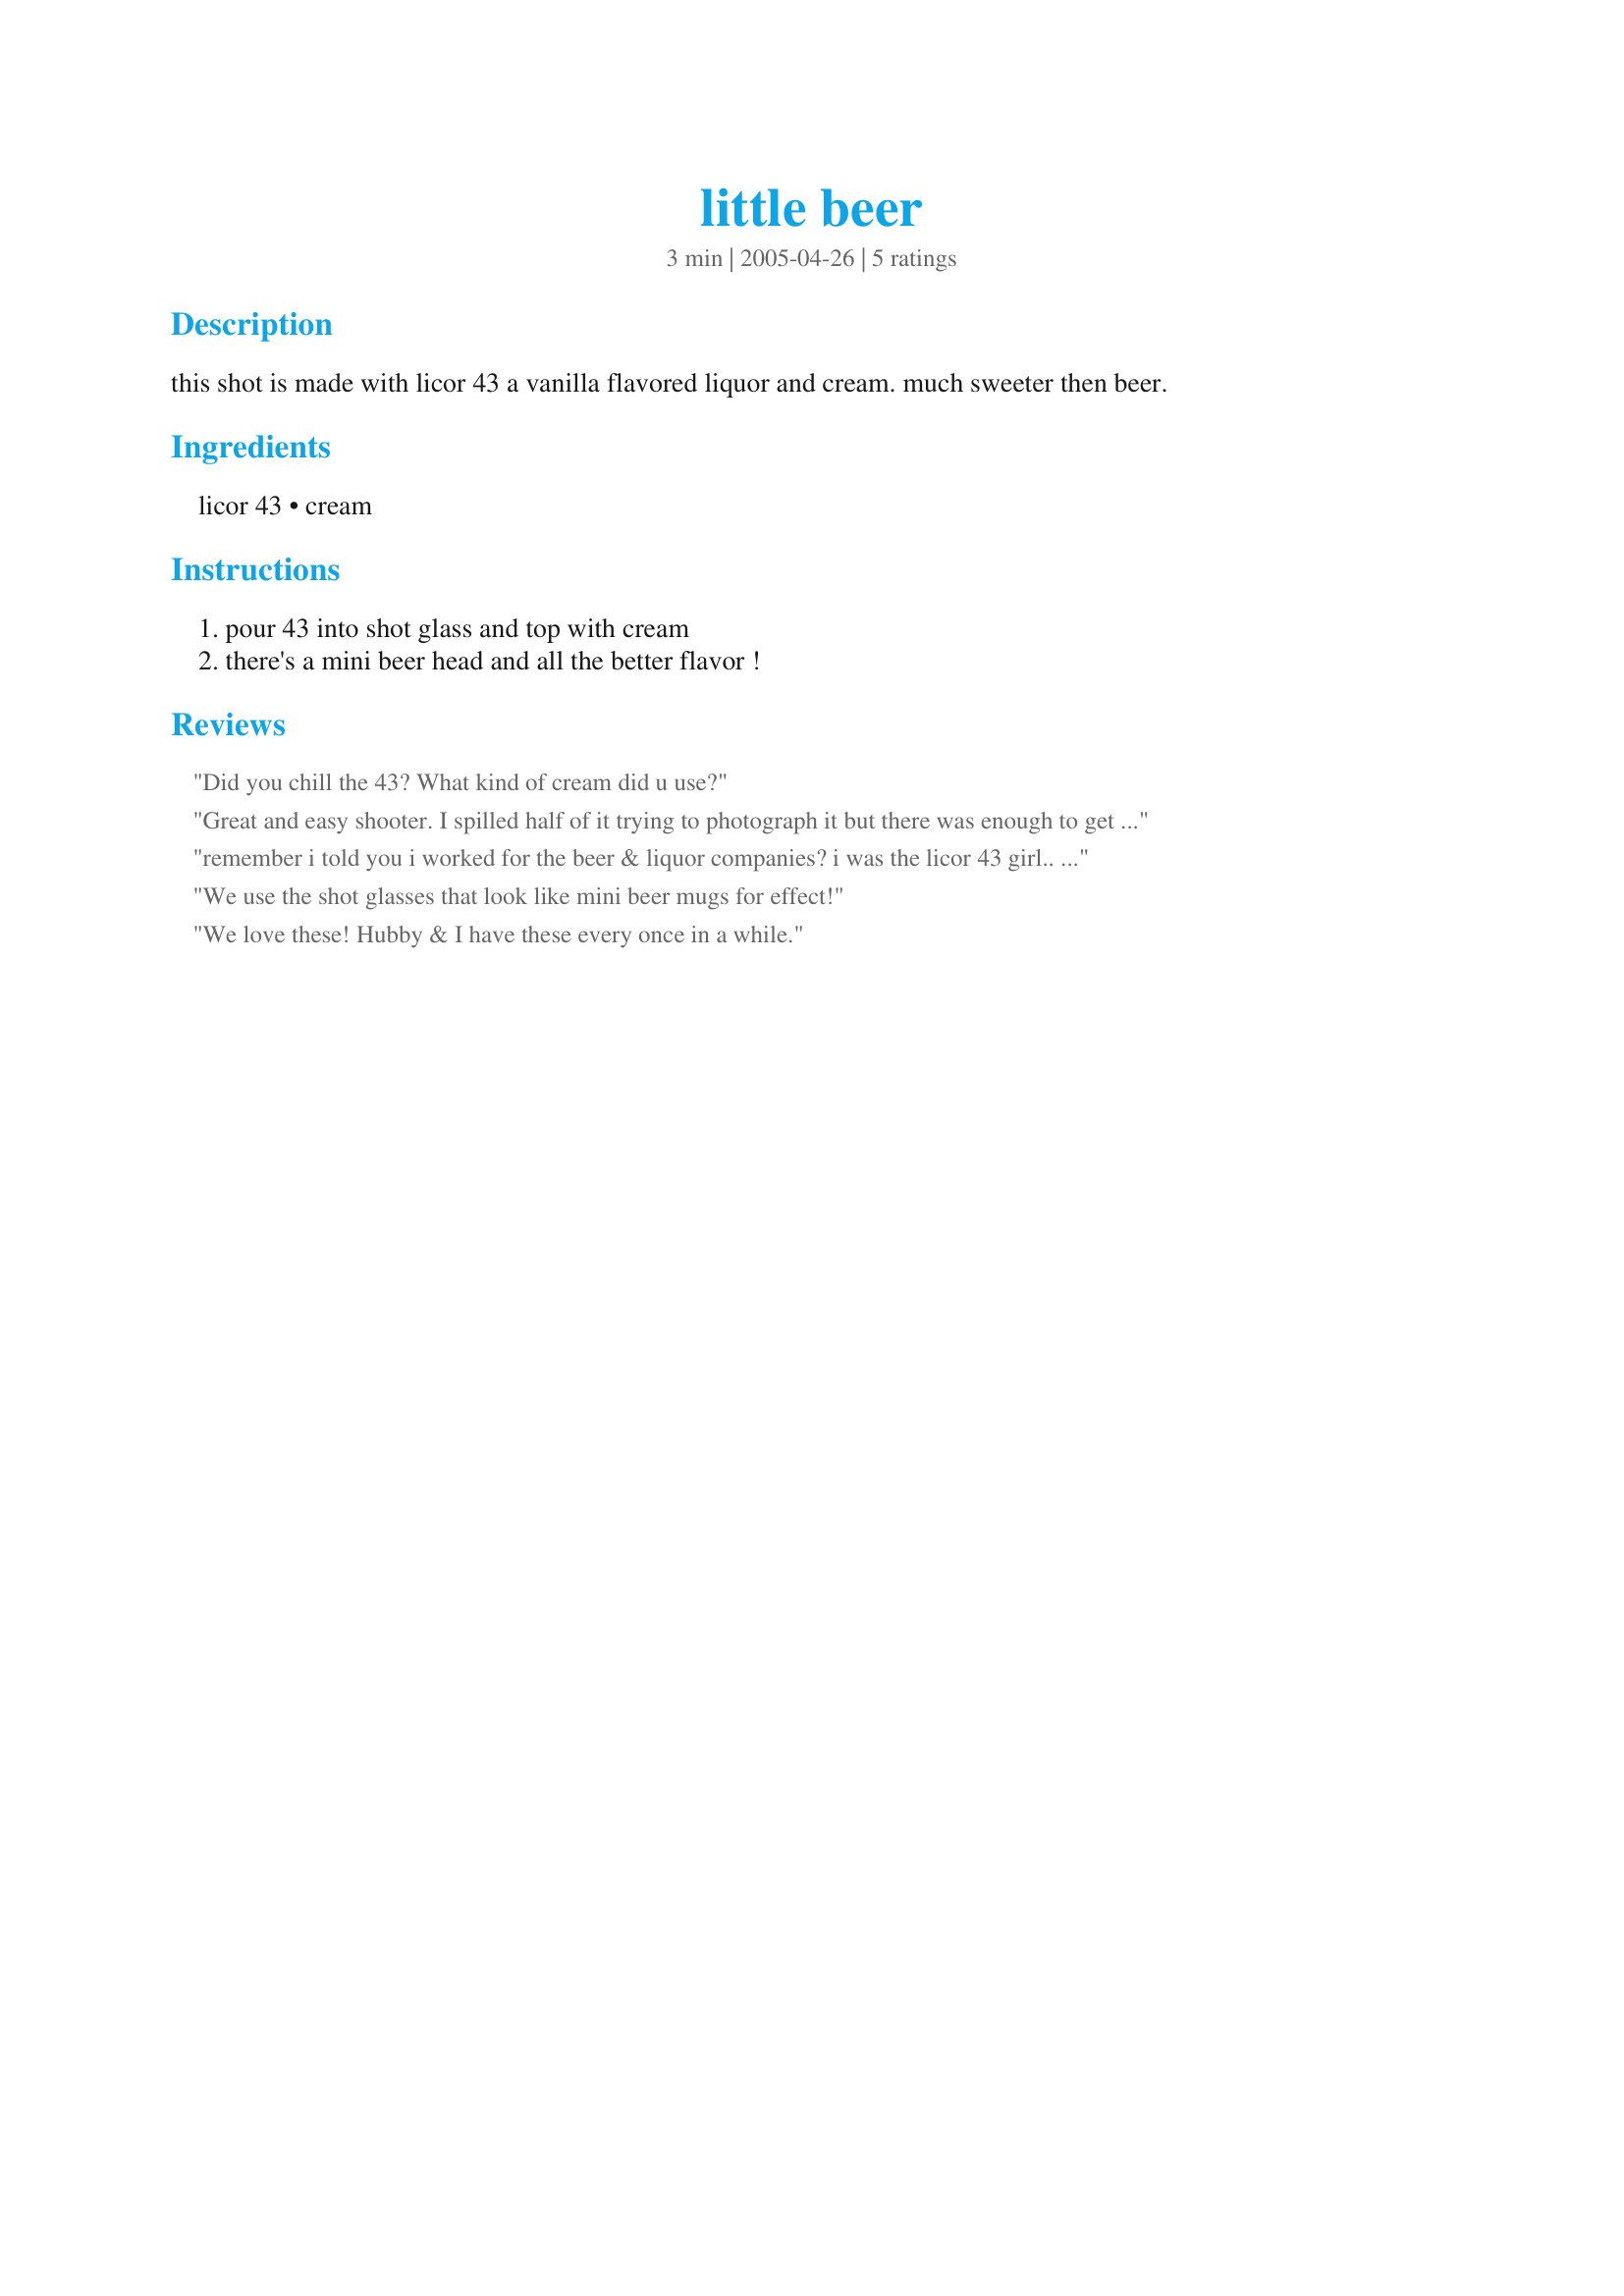
little beer
Preparation time: 3 minutes

this shot is made with licor 43 a vanilla flavored liquor and cream. much sweeter then beer.

Ingredients:
licor 43, cream

Steps:
pour 43 into shot glass and top with cream, there's a mini beer head and all the better flavor !

Reviews:
Did you chill the 43? What kind of cream did u use?
Great and easy shooter. I spilled half of it trying to photograph it but there was enough to get a good sip and it was luscious! Very rich and smooth. Thanks Rita
remember i told you i worked for the beer & liquor companies? i was the licor 43 girl.. omg so good!

heres a tip for your fans... add choclate whipped cream to it.. its ready whip in a can.
it tastes like a chocolate chip cookie.. we call it the mini lager.
We use the shot glasses that look like mini beer mugs for effect!
We love these! Hubby & I have these every once in a while.
